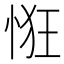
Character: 𢚯